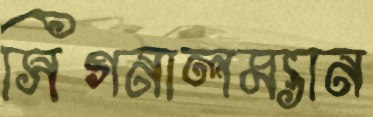
সিগনালম্যান